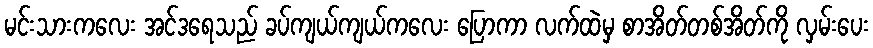
မင်းသားကလေး အင်ဒရေသည် ခပ်ကျယ်ကျယ်ကလေး ပြောကာ လက်ထဲမှ စာအိတ်တစ်အိတ်ကို လှမ်းပေး